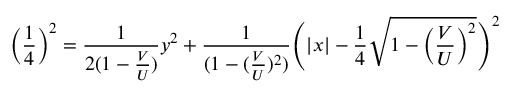
\Big ( \frac { 1 } { 4 } \Big ) ^ { 2 } = \frac { 1 } { 2 ( 1 - \frac { V } { U } ) } y ^ { 2 } + \frac { 1 } { ( 1 - ( \frac { V } { U } ) ^ { 2 } ) } \Bigg ( | x | - \frac { 1 } { 4 } \sqrt { 1 - \Big ( \frac { V } { U } \Big ) ^ { 2 } } \Bigg ) ^ { 2 }